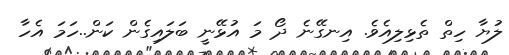
ލުޔާ ހިތް ތެޅިލިއެވެ. އިނގޭނެ ދޯ މަ އުޅޭނީ ބަލައިގެން ކަން..ހަމަ އެހާ